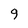
Character: 9